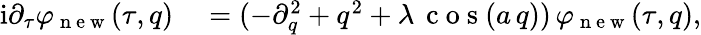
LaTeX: \begin{array}{rl}{\mathrm{i}\partial_{\tau}\varphi_{\mathrm{~n~e~w~}}(\tau,q)}&{{}=(-\partial_{q}^{2}+q^{2}+\lambda\, \mathrm{~c~o~s~}(a\, q))\, \varphi_{\mathrm{~n~e~w~}}(\tau,q),}\end{array}